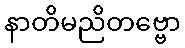
နာတိမညိတဗ္ဗော